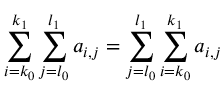
\sum _ { i = k _ { 0 } } ^ { k _ { 1 } } \sum _ { j = l _ { 0 } } ^ { l _ { 1 } } a _ { i , j } = \sum _ { j = l _ { 0 } } ^ { l _ { 1 } } \sum _ { i = k _ { 0 } } ^ { k _ { 1 } } a _ { i , j } \quad